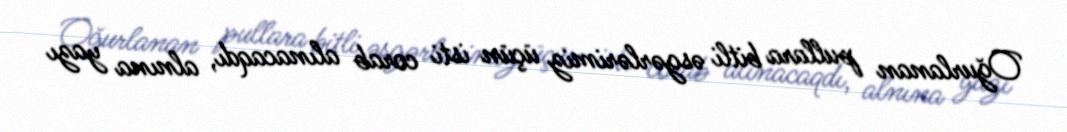
Oğurlanan pullara bitli əsgərlərimiz üçün isti corab alınacaqdı, alnına yazı